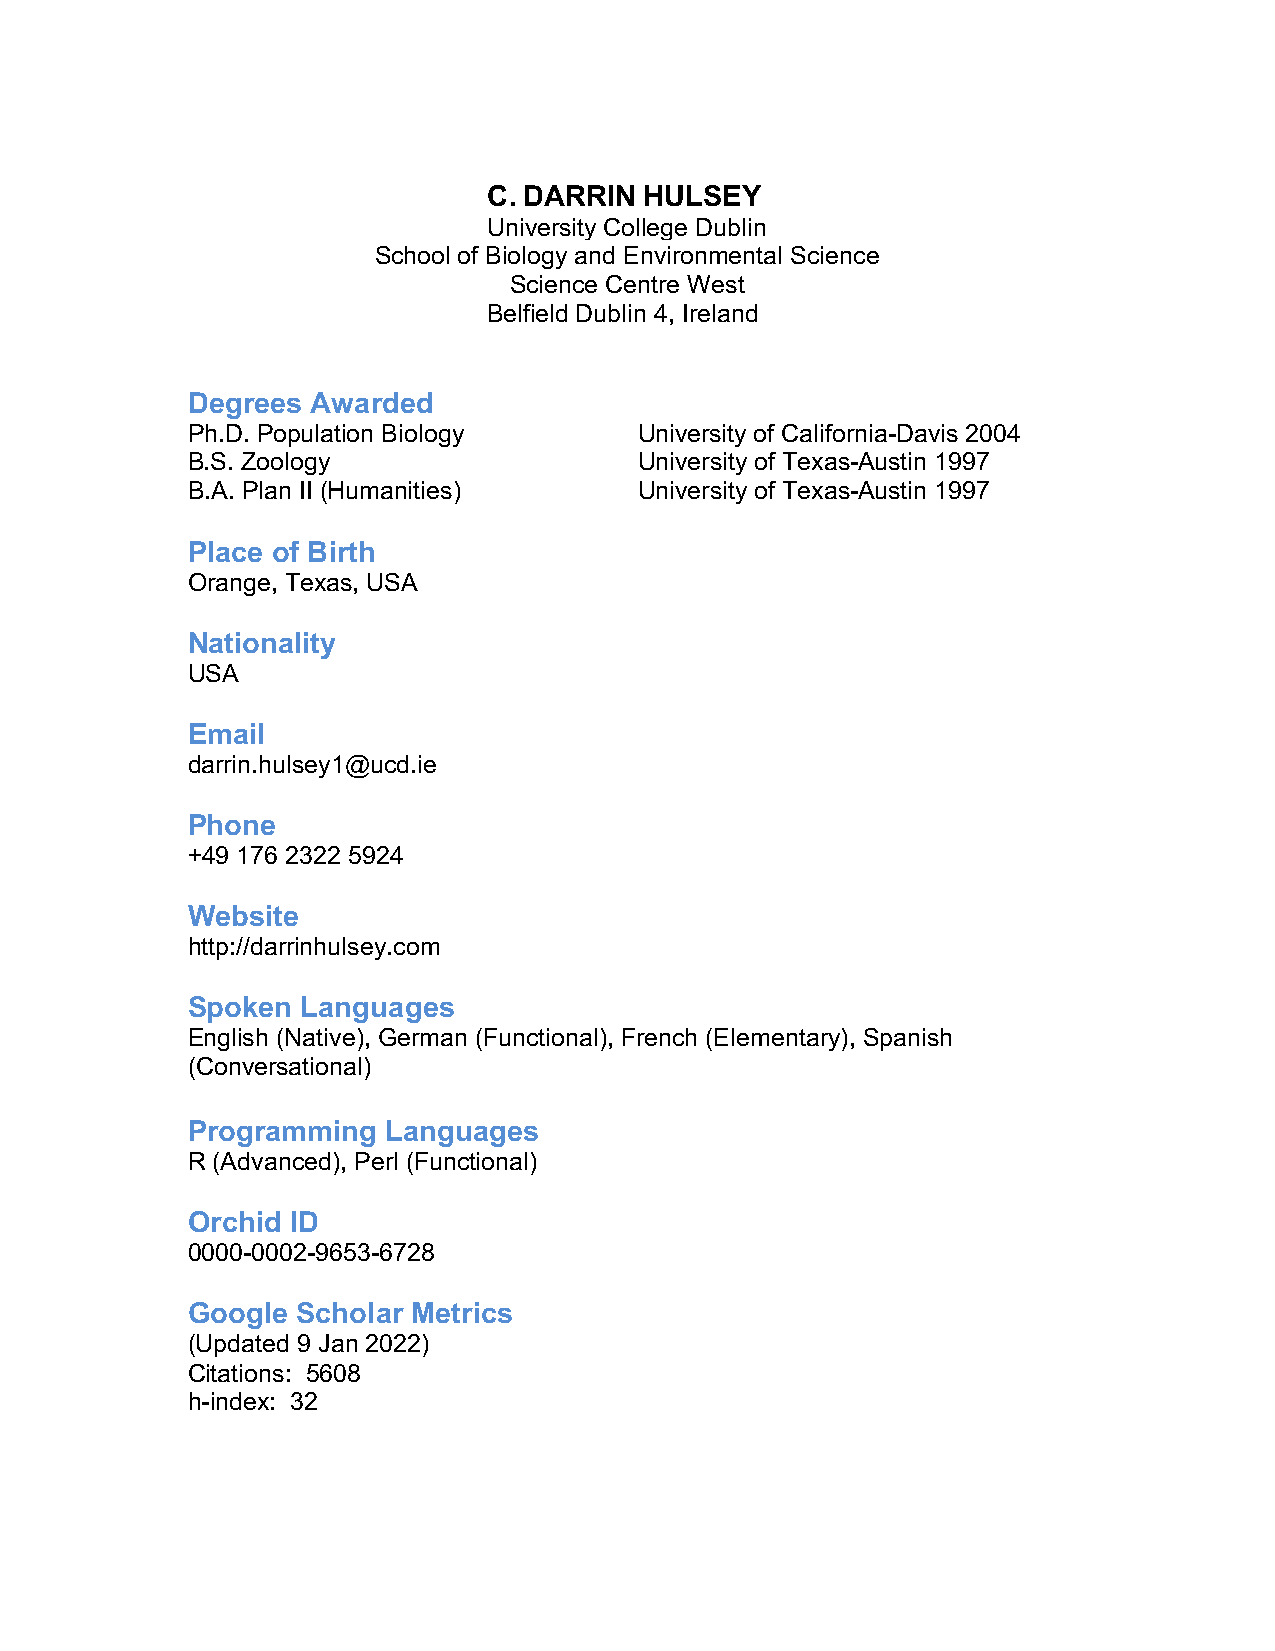
C. DARRIN  HULSEY
 University College Dublin
 School of Biology and Environmental Science
 Science Centre West
 Belfield Dublin 4, Ireland
 Degrees  Awarded
 Ph.D. Population Biology      University of California-Davis 2004
 B.S. Zoology                  University of Texas-Austin 1997
 B.A. Plan II (Humanities)     University of Texas-Austin 1997
 Place of Birth
 Orange, Texas, USA
 Nationality
 USA
 Email
 darrin.hulsey1@ucd.ie
 Phone
 +49 176 2322 5924
 Website
 http://darrinhulsey.com
 Spoken  Languages
 English (Native), German (Functional), French (Elementary), Spanish
 (Conversational)
 Programming   Languages
 R (Advanced), Perl (Functional)
 Orchid ID
 0000-0002-9653-6728
 Google  Scholar Metrics
 (Updated 9 Jan 2022)
 Citations: 5608
 h-index: 32